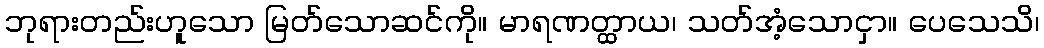
ဘုရားတည်းဟူသော မြတ်သောဆင်ကို။ မာရဏတ္ထာယ၊ သတ်အံ့သောငှာ။ ပေသေသိ၊